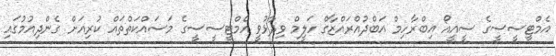
އެމްޓީސީސީގެ ސީއީއޯ އިބްރާހިމް އަބްދުއްރައްޒާގް ހަލީމް ވިދާޅުވީ އެމްޓީސީސީގެ މަސައްކަތްތައް ކުރިއަށް ގެންދިއުމުގައި